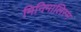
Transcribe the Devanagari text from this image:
मिनिमालिस्म